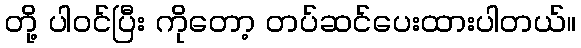
တို့ ပါဝင်ပြီး ကိုတော့ တပ်ဆင်ပေးထားပါတယ်။